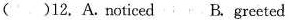
()12.A.noticed B.greeted